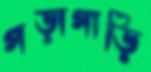
গড়াগাড়ি